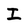
Character: I